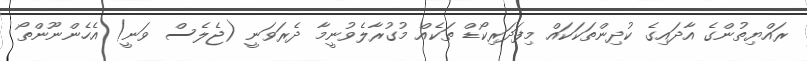
ރައްޔިތުންގެ އާދައިގެ ކުދިންތަކަކައް މިފަދަރިކޯޑް ތަކެއް މުގުރާލެވުނީމާ ދެރަވަނީ (ޖެލެސް ވަނީ) އެހެންނޫންތޯ